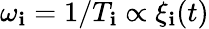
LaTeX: \omega_{\mathbf{i}}=1/T_{\mathbf{i}}\propto\xi_{\mathbf{i}}(t)